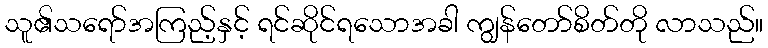
သူ၏သရော်အကြည့်နှင့် ရင်ဆိုင်ရသောအခါ ကျွန်တော်စိတ်တို လာသည်။